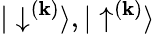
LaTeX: {|\downarrow^{(\mathbf{k})}\rangle,|\uparrow^{(\mathbf{k})}\rangle}